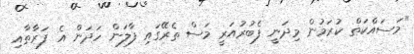
"މަސައްކަތް ކުރަމުން މިދަނީ ފެބުރުއަރީ މަސް ތެރޭގައި ފާލަން ހަދަން އެ ފަރާތާއި